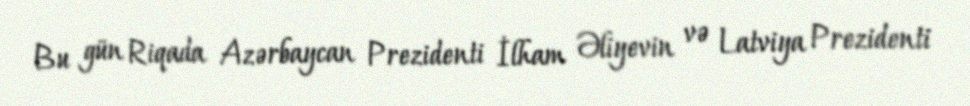
Bu gün Riqada Azərbaycan Prezidenti İlham Əliyevin və Latviya Prezidenti